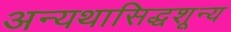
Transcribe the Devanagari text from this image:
अन्यथासिद्धशून्य